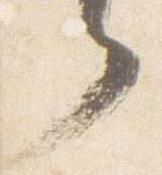
々